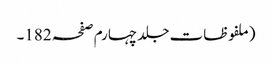
(ملفوظات جلد چہارم صفحہ 182۔